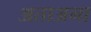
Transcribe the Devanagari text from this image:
अताअना